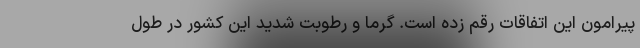
پیرامون این اتفاقات رقم زده است. گرما و رطوبت شدید این کشور در طول